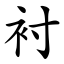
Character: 衬